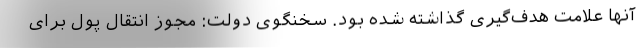
آنها علامت هدف‌گیری گذاشته شده بود. سخنگوی دولت: مجوز انتقال پول برای